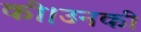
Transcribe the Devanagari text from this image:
की।उनकी